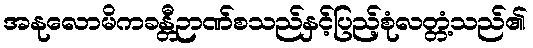
အနုလောမိကခန္တီဉာဏ်စသည်နှင့်ပြည့်စုံလတ္တံ့သည်၏